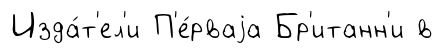
Изда́т'ел'и П'е́рваjа Бр'итанн'и в